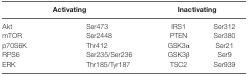
<table><thead><tr><td colspan="2"><b>Activating</b></td><td colspan="2"><b>Inactivating</b></td></tr></thead><tbody><tr><td>Akt</td><td>Ser473</td><td>IRS1</td><td>Ser312</td></tr><tr><td>mTOR</td><td>Ser2448</td><td>PTEN</td><td>Ser380</td></tr><tr><td>p70S6K</td><td>Thr412</td><td>GSK3α</td><td>Ser21</td></tr><tr><td>RPS6</td><td>Ser235/Ser236</td><td>GSK3β</td><td>Ser9</td></tr><tr><td>ERK</td><td>Thr185/Tyr187</td><td>TSC2</td><td>Ser939</td></tr></tbody></table>